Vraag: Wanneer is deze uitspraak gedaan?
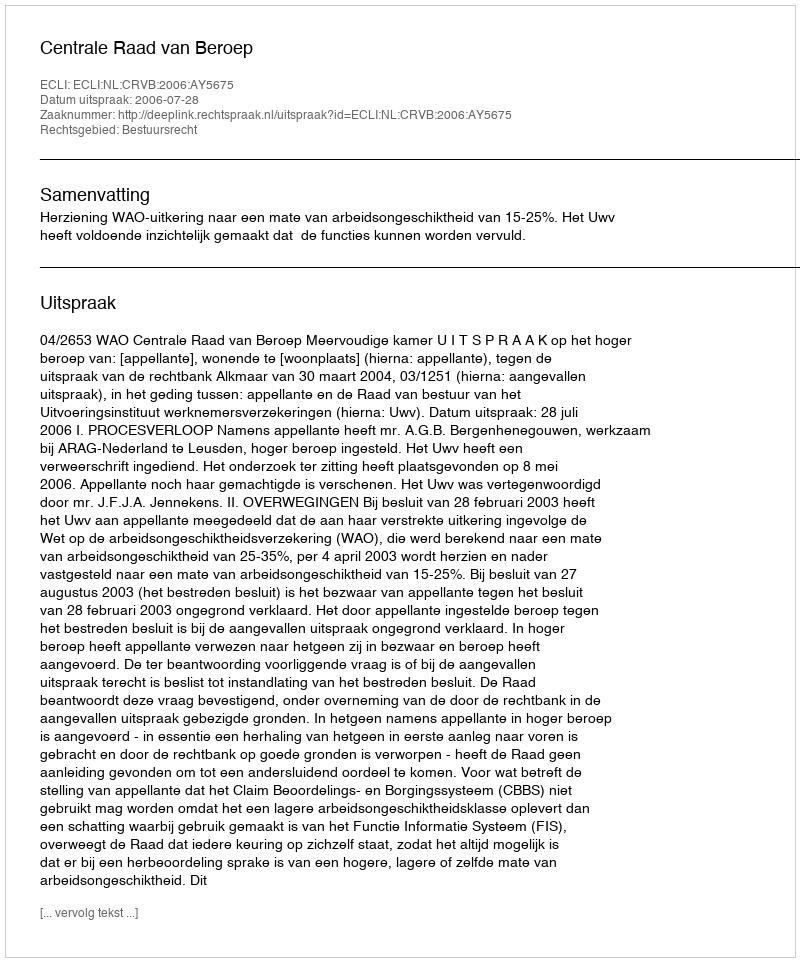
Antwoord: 2006-07-28